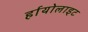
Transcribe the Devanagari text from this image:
र्हायोलाइट